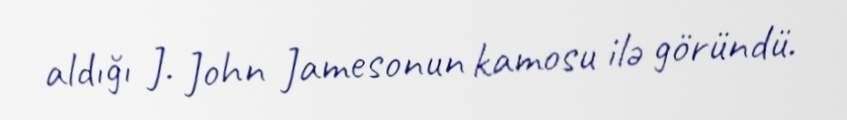
aldığı J. John Jamesonun kamosu ilə göründü.